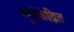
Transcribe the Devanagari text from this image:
सूर्यकेंद्रित